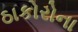
ઠાકોરોના